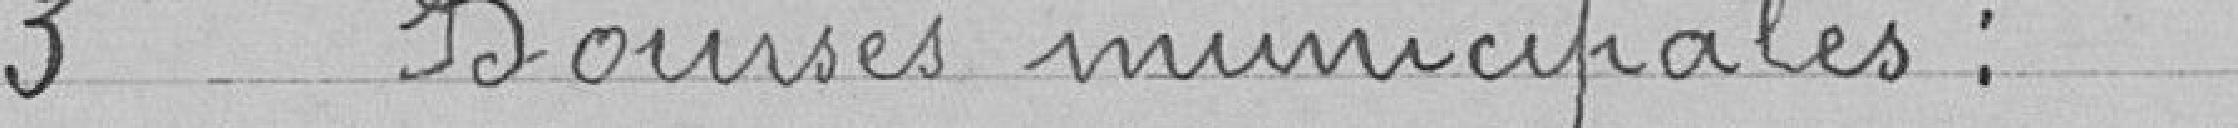
3 Bourses municipales :